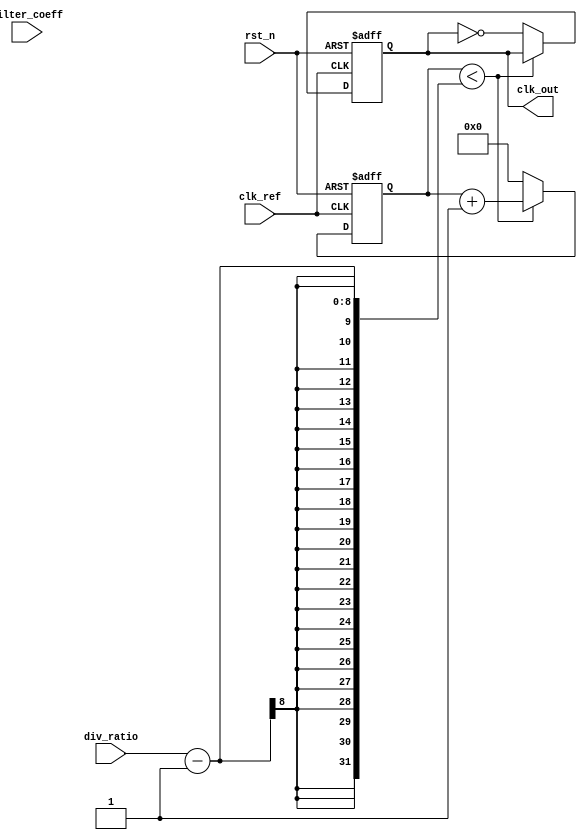
module fractional_PLL (
    input wire clk_ref,               // Reference clock input
    input wire rst_n,                 // Active low reset
    input wire [7:0] div_ratio,       // Division ratio for feedback
    input wire [7:0] filter_coeff,    // Loop filter coefficient
    output reg clk_out                // Output clock
);

// Phase Detector
reg phase_det_out;
reg [1:0] phase_err; // 2-bit error signal

always @(posedge clk_ref or negedge rst_n) begin
    if (!rst_n) begin
        phase_det_out <= 0;
        phase_err <= 0;
    end else begin
        // Simple phase detector logic (XOR for phase comparison)
        phase_det_out <= clk_ref ^ clk_out;
        phase_err <= {phase_det_out, phase_err[1]};
    end
end

// Loop Filter
reg [15:0] filter_out; // 16-bit filter output

always @(posedge clk_ref or negedge rst_n) begin
    if (!rst_n) begin
        filter_out <= 0;
    end else begin
        // Simple first-order low-pass filter
        filter_out <= (filter_coeff * phase_err[1]) + (filter_out >> 1);
    end
end

// Voltage-Controlled Oscillator (VCO)
reg [15:0] vco_freq; // 16-bit frequency output

always @(posedge clk_ref or negedge rst_n) begin
    if (!rst_n) begin
        vco_freq <= 0;
    end else begin
        // Adjust VCO frequency based on the filtered error signal
        vco_freq <= filter_out; // Simple assignment for demonstration
    end
end

// Frequency Divider
reg [7:0] counter; // 8-bit counter for division

always @(posedge clk_ref or negedge rst_n) begin
    if (!rst_n) begin
        counter <= 0;
        clk_out <= 0;
    end else begin
        if (counter < div_ratio - 1) begin
            counter <= counter + 1;
        end else begin
            counter <= 0;
            clk_out <= ~clk_out; // Toggle output clock
        end
    end
end

endmodule